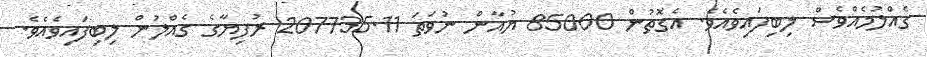
ގެއްލުމެއްވެސް ލިބިފައިވެއެވެ. އެގޮތުން 85000 ޔުއާން ނުވަތަ 207735.11 ރުފިޔާގެ ގެއްލުން ލިބިފައިވެއެވެ.